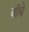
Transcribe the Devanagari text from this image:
बॉधे